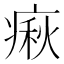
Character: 㾭